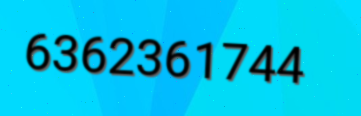
6362361744